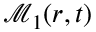
\mathcal { M } _ { 1 } ( r , t )